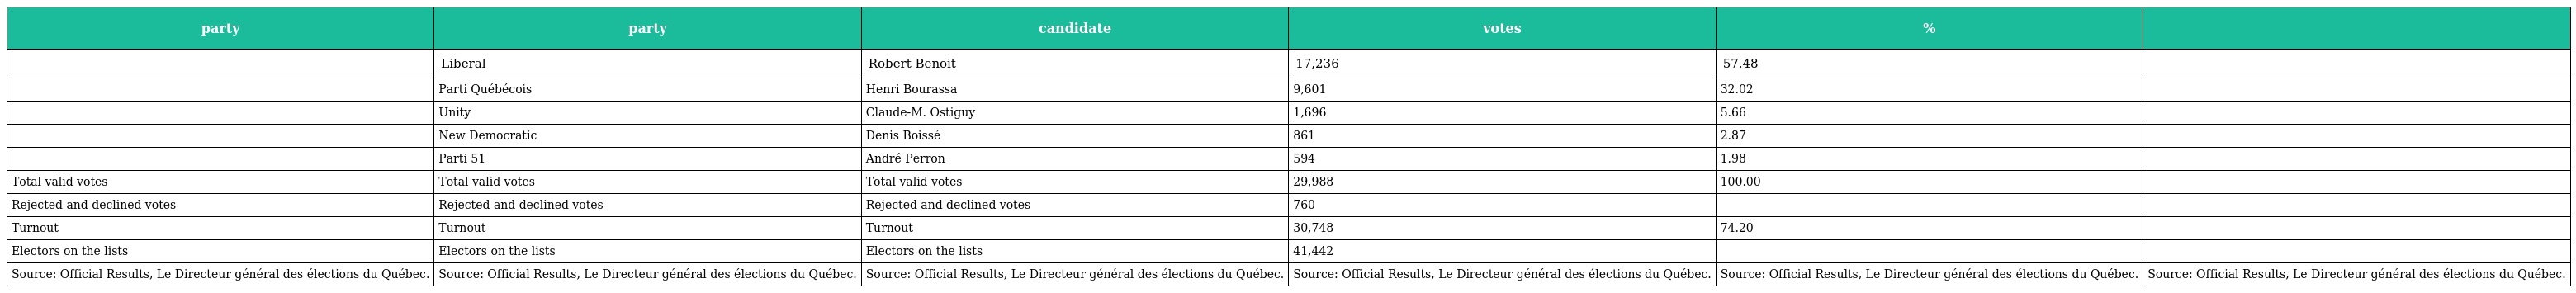
| party | party | candidate | votes | % |  |
 | --- | --- | --- | --- | --- | --- |
 |  | Liberal | Robert Benoit | 17,236 | 57.48 |  |
 |  | Parti Québécois | Henri Bourassa | 9,601 | 32.02 |  |
 |  | Unity | Claude-M. Ostiguy | 1,696 | 5.66 |  |
 |  | New Democratic | Denis Boissé | 861 | 2.87 |  |
 |  | Parti 51 | André Perron | 594 | 1.98 |  |
 | Total valid votes | Total valid votes | Total valid votes | 29,988 | 100.00 |  |
 | Rejected and declined votes | Rejected and declined votes | Rejected and declined votes | 760 |  |  |
 | Turnout | Turnout | Turnout | 30,748 | 74.20 |  |
 | Electors on the lists | Electors on the lists | Electors on the lists | 41,442 |  |  |
 | Source: Official Results, Le Directeur général des élections du Québec. | Source: Official Results, Le Directeur général des élections du Québec. | Source: Official Results, Le Directeur général des élections du Québec. | Source: Official Results, Le Directeur général des élections du Québec. | Source: Official Results, Le Directeur général des élections du Québec. | Source: Official Results, Le Directeur général des élections du Québec. |